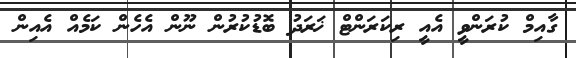
ގާއިމް ކުރަންވީ އެއީ ރިކަރަންޓް ޚަރަދު ބޮޑުކުރުން ނޫން އެހެން ކަމެއް އެއިން